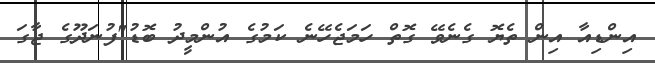
އިންޑިއާ އިން ތެޔޮ ގެނެވޭ ގޮތް ހަމަޖެހޭނެ ކަމުގެ އުންމީދު ބޮޑު"ފުނަދޫގެ ޖާގަ